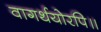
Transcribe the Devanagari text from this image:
वागर्थयोरपि॥